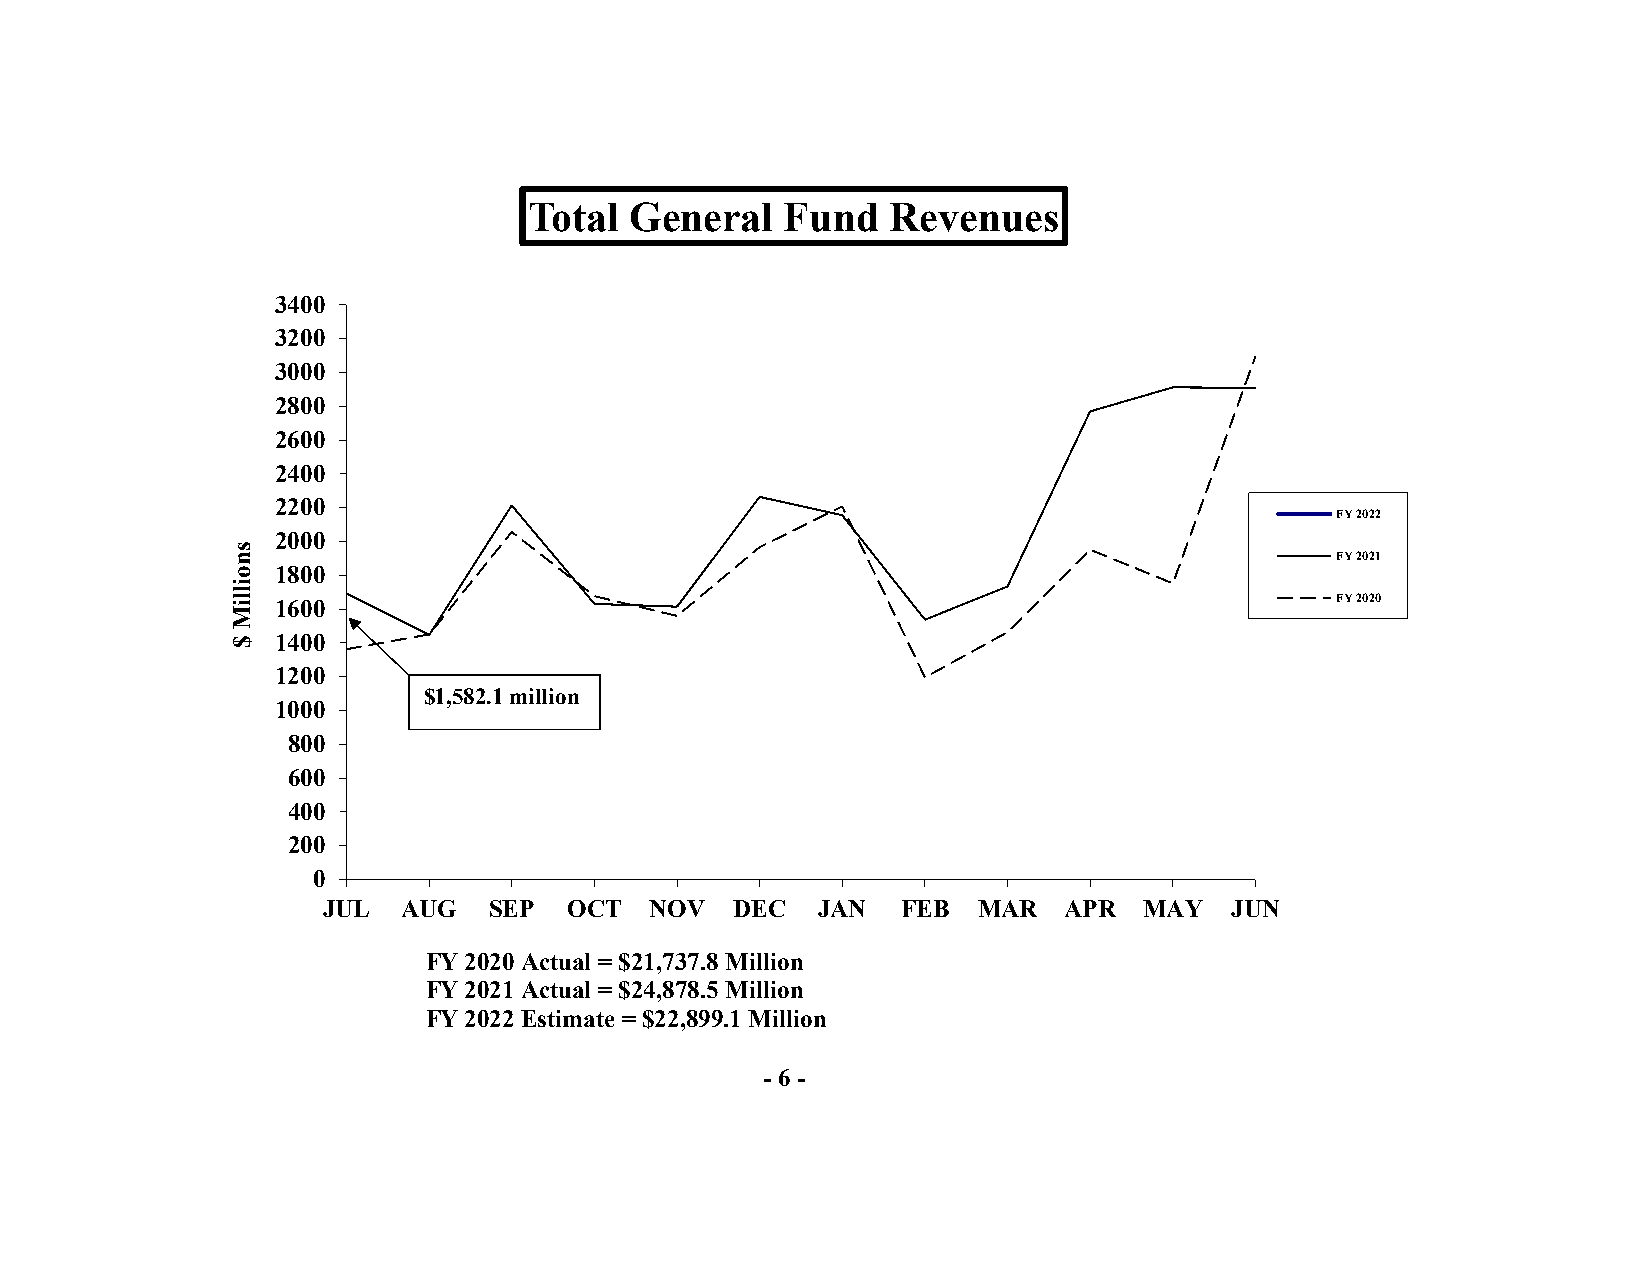
Total General    Fund  Revenues
 3400
 3200
 3000
 2800
 2600
 2400
 2200
 FY 2022
 2000
 FY 2021
 1800
 FY 2020
 1600
 1400
 1200
 $1,582.1 million
 1000
 800
 600
 400
 200
 0
 JUL  AUG   SEP  OCT   NOV  DEC   JAN  FEB  MAR   APR  MAY   JUN
 FY 2020 Actual = $21,737.8 Million
 FY 2021 Actual = $24,878.5 Million
 FY 2022 Estimate = $22,899.1 Million
 -6 -
 snoilliM
 $